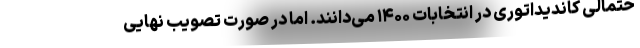
حتمالی کاندیداتوری در انتخابات ۱۴۰۰ می‌دانند. اما در صورت تصویب نهایی